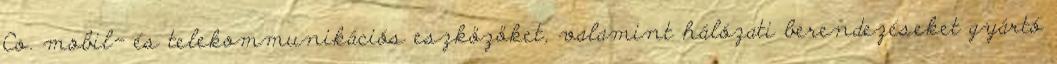
Co. mobil- és telekommunikációs eszközöket, valamint hálózati berendezéseket gyártó